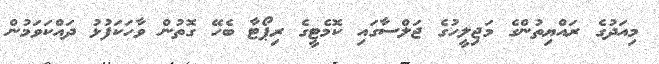
މިއަދުގެ ރައްޔިތުންގެ މަޖިލީހުގެ ޖަލްސާގައި ކޮމެޓީގެ ރިޕޯޓާ ބެހޭ ގޮތުން ވާހަކަފުޅު ދައްކަވަމުން